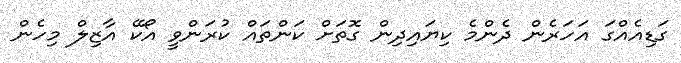
ގަޑިއެއްގަ އަހަރެން ދެންމެ ކިޔައިދިން ގޮތަށް ކަންތައް ކުރަންވީ އޯކޭ އާޒިލް މިހެން